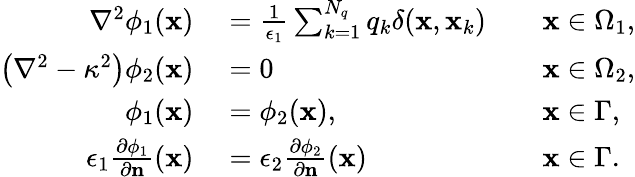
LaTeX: \begin{array}{rlrl}{\nabla^{2}\phi_{1}(\mathbf{x})}&{{}=\frac{1}{\epsilon_{1}}\sum_{k=1}^{N_{q}}q_{k}\delta(\mathbf{x},\mathbf{x}_{k})}&{}&{{}\mathbf{x}\in\Omega_{1},}\\ {\left(\nabla^{2}-\kappa^{2}\right)\phi_{2}(\mathbf{x})}&{{}=0}&{}&{{}\mathbf{x}\in\Omega_{2},}\\ {\phi_{1}(\mathbf{x})}&{{}=\phi_{2}(\mathbf{x}),}&{}&{{}\mathbf{x}\in\Gamma,}\\ {\epsilon_{1}\frac{\partial\phi_{1}}{\partial\mathbf{n}}(\mathbf{x})}&{{}=\epsilon_{2}\frac{\partial\phi_{2}}{\partial\mathbf{n}}(\mathbf{x})}&{}&{{}\mathbf{x}\in\Gamma.}\end{array}